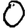
Digit: 0